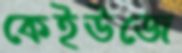
কেইউজে